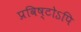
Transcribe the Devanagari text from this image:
प्रविष्टोऽपि